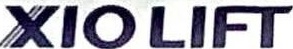
XIOLIFT